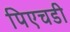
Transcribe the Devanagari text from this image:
पिएचडी